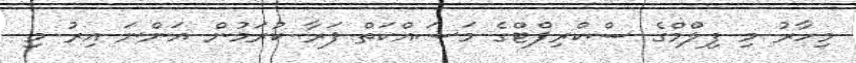
މިހާރު މި ފިލްމްގެ ސްކްރިޕްޓްގެ މަސައްކަތް ފަރާ ކުރަމުން އަންނަ އިރު މި